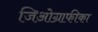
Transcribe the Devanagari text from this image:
जिओग्राफीका